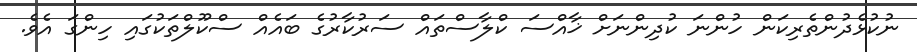
ނުކުޅެދުންތެރިކަން ހުންނަ ކުދިންނަށް ޚާއްސަ ކްލާސްތައް ސަރުކާރުގެ ބައެއް ސްކޫލްތަކުގައި ހިންގަ އެވެ.